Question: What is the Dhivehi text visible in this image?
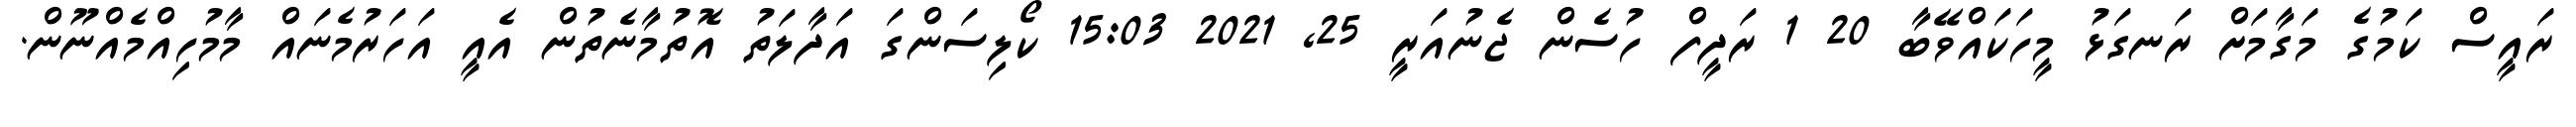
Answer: ރައީސް ކަމުގެ މަގާމަށް ރަނގަޅު މީހަކައްވޭބާ 20 1 ރަދީފް ހުސެން ޖެނުއަރީ 25, 2021 15:03 ކޯލިސަންގަ އަދާލަތު އޮތުމާނެތުން އެއީ އަހަރުމެނައް މާމުހިއްމެއްނޫން.